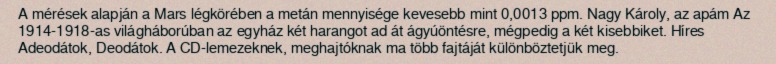
A mérések alapján a Mars légkörében a metán mennyisége kevesebb mint 0,0013 ppm. Nagy Károly, az apám Az 1914-1918-as világháborúban az egyház két harangot ad át ágyúöntésre, mégpedig a két kisebbiket. Híres Adeodátok, Deodátok. A CD-lemezeknek, meghajtóknak ma több fajtáját különböztetjük meg.